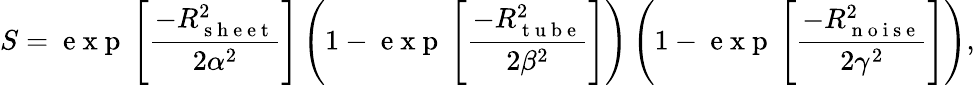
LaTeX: S=\mathrm{~e~x~p~}\left[\frac{-R_{\mathrm{~s~h~e~e~t~}}^{2}}{2\alpha^{2}}\right]\left(1-\mathrm{~e~x~p~}\left[\frac{-R_{\mathrm{~t~u~b~e~}}^{2}}{2\beta^{2}}\right]\right)\left(1-\mathrm{~e~x~p~}\left[\frac{-R_{\mathrm{~n~o~i~s~e~}}^{2}}{2\gamma^{2}}\right]\right),